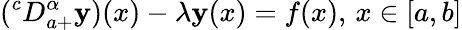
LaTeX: (^{c}D_{a+}^{\alpha}\mathbf{y})(x)-\lambda\mathbf{y}(x)=f(x),\, x\in[a,b]